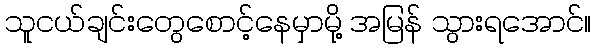
သူငယ်ချင်းတွေစောင့်နေမှာမို့ အမြန် သွားရအောင်။